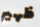
ظهير